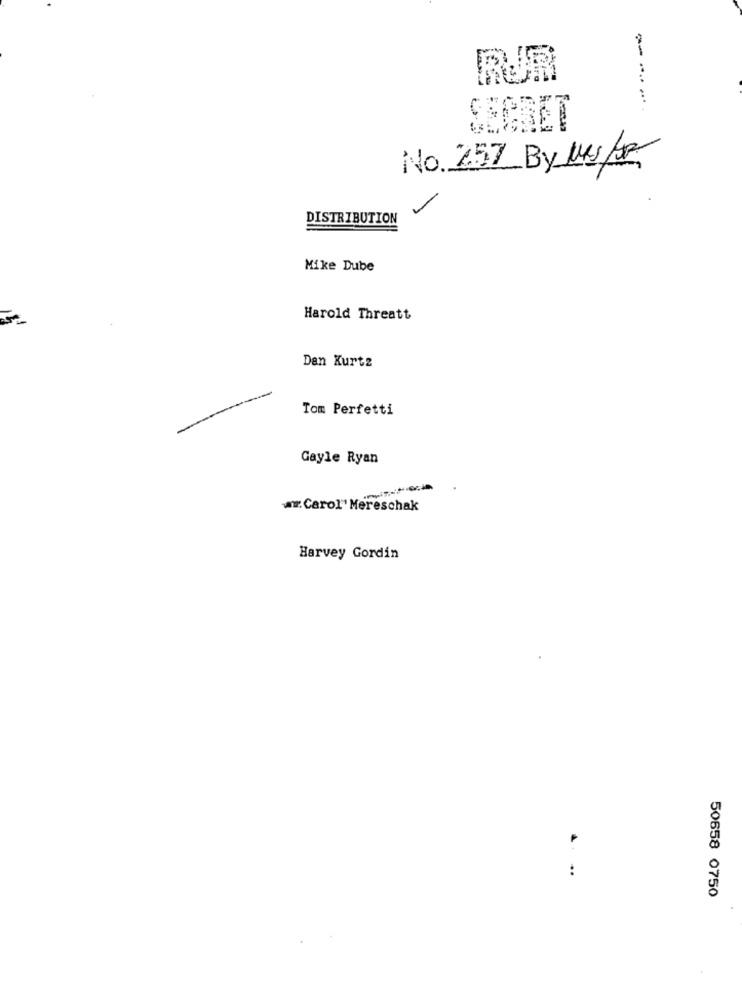
.... .
No. 257 By MRSSP.
-
DISTRIBUTION
Mike Dube
Harold Threatt
Den Kurtz
Tom Perfetti
Gayle Ryan
a.Carol" Mereschak
Harvey Gordin
..
50658 0750